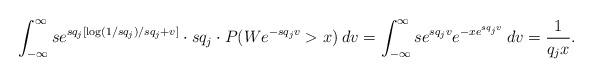
LaTeX: \begin{align*}\int_{-\infty}^{\infty} s e^{sq_j [\log(1/sq_j)/sq_j + v]} \cdot sq_j \cdot P(W e^{-sq_jv} > x) \: dv = \int_{-\infty}^{\infty} s e^{sq_jv} e^{-xe^{sq_j v}} \: dv = \frac{1}{q_jx}.\end{align*}